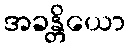
အခန္တိယော